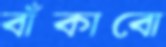
বাঁকাবো